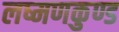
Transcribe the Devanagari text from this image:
लष्मणकुण्ड